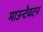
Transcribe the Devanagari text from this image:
माउन्टेबटन